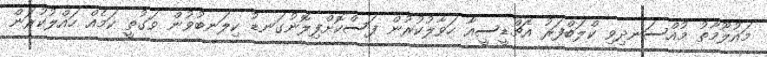
މައުލޫމާތު މުއްސަނދިވި ކްލަބްފަރު އެޗްޑީސީއާ ހަވާލުކުރުން ފަސްކޮށްފިލޮނުގަނޑު ކިލަނބުވުން ވަގުތީ ކަމެއް ހައްލުކުރަން